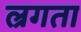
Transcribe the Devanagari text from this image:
ल्रगता